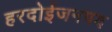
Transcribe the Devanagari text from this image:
हरदोईजनपद